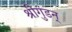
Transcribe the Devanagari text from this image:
श्रीगुंडन्